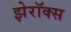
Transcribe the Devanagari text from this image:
झेरॉक्‍स